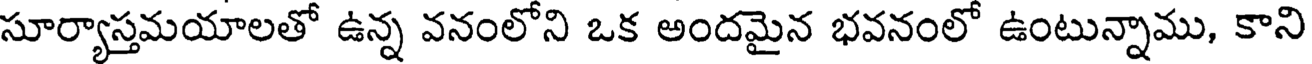
సూర్యాస్తమయాలతో ఉన్న వనంలోని ఒక అందమైన భవనంలో ఉంటున్నాము, కాని